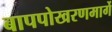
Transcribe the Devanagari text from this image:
बापपोखरणमार्गे